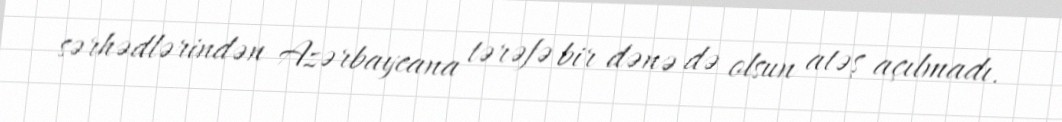
sərhədlərindən Azərbaycana tərəfə bir dənə də olsun atəş açılmadı.